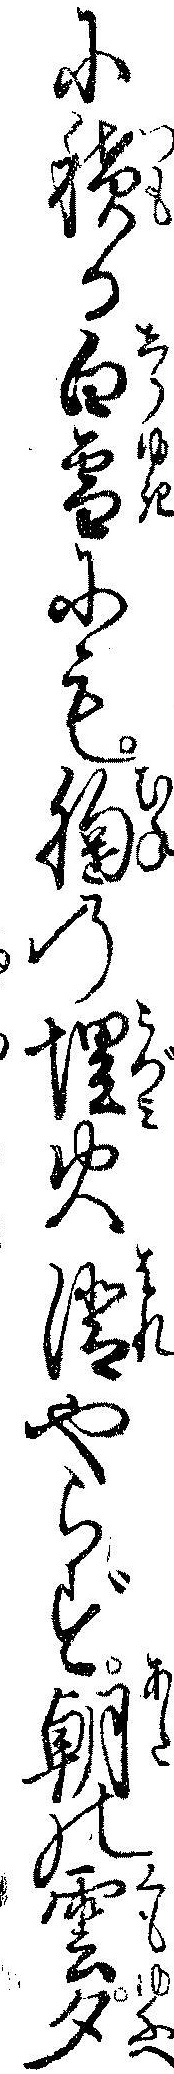
に積る白雪にも胸の埋火晴やらず朝の雲夕